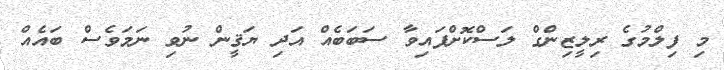
މި ފިލްމުގެ ރިލީޒިންގް ލަސްކޮށްފައިވާ ސަބަބެއް އަދި ޔަޤީން ނުވި ނަމަވެސް ބައެއް